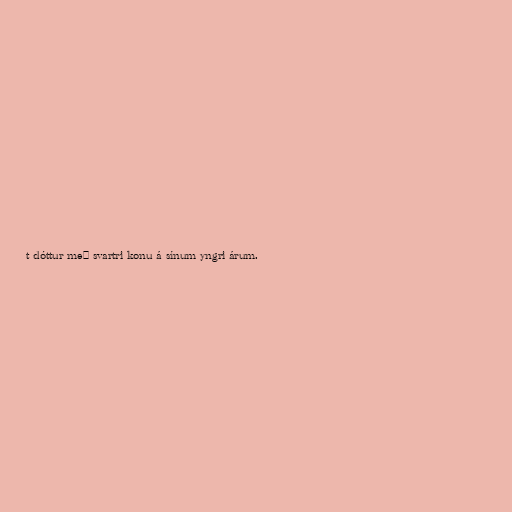
t dóttur með svartri konu á sínum yngri árum.